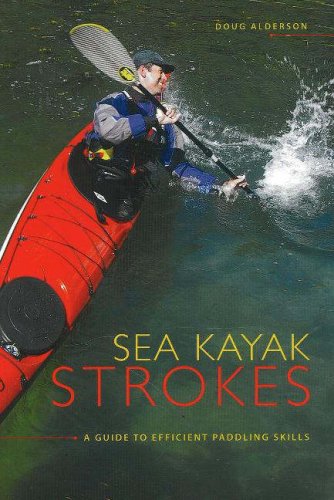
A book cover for Sea Kayak Strokes: A Guide to Efficient Paddling Skills; Doug Alderson; Sports & Outdoors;